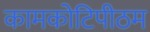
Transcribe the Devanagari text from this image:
कामकोटिपीठम